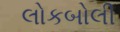
લોકબોલી